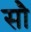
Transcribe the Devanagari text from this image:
साै